Civil Veterinary Dept. Bombay admin report 1932-41 - 1932-1941
Year: 1932
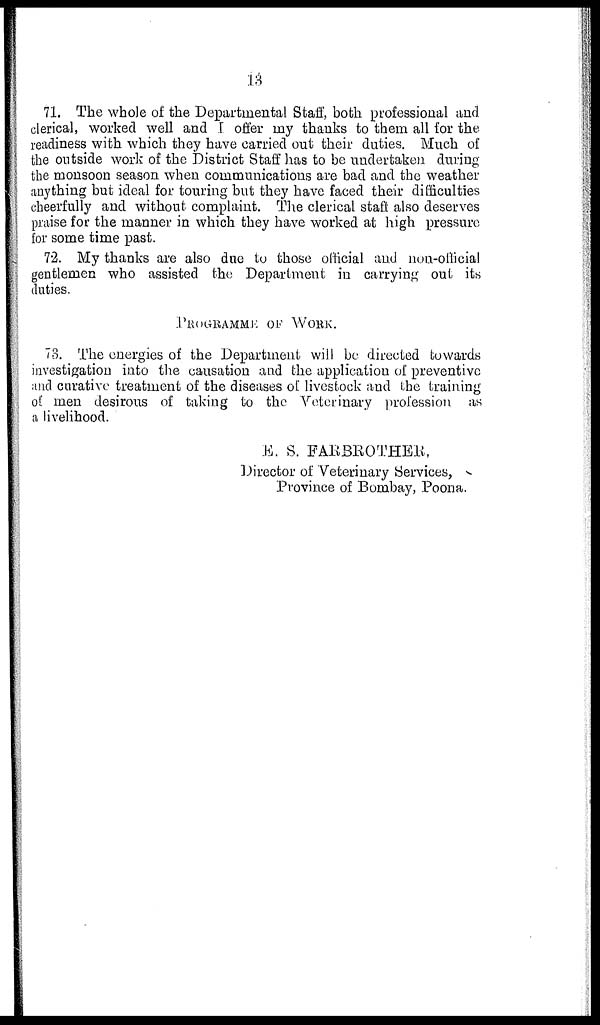
13
71. The whole of the Departmental Staff, both professional and
clerical, worked well and I offer my thanks to them all for the
readiness with which they have carried out their duties. Much of
the outside work of the District Staff has to be undertaken during
the monsoon season when communications are bad and the weather
anything but ideal for touring but they have faced their difficulties
cheerfully and without complaint. The clerical staft also deserves
praise for the manner in which they have worked at high pressure
for some time past.
72. My thanks are also due to those official and non-official
gentlemen who assisted the Department in carrying out its
duties.
PROGRAMME OF WORK.
73. The energies of the Department will be directed towards
investigation into the causation and the application of preventive
and curative treatment of the diseases of livestock and the training
of men desirous of taking to the Veterinary profession as
a livelihood.
E. S. FARBROTHER,
Director of Veterinary Services,
Province of Bombay, Poona.